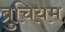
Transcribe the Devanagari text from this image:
ब्रुचियम